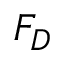
F _ { D }